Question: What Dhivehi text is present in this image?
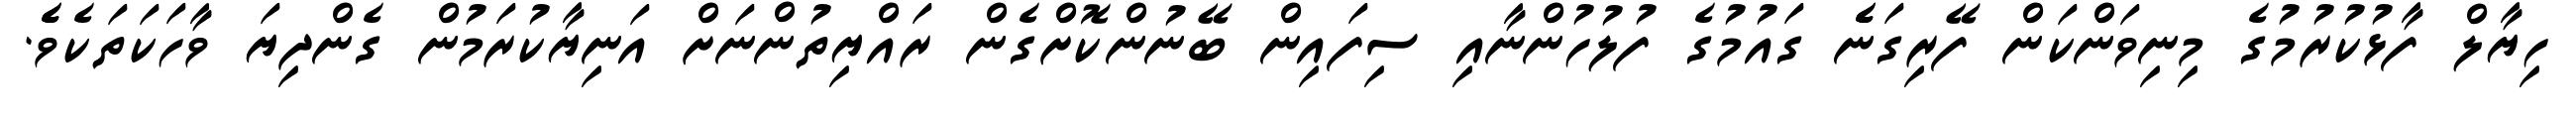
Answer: ހިޔާލް ފާޅުކުރުމުގެ މިނިވަންކަން ފޭރިގަނެެ ގައުމުގެ ފުލުހުންނާއި ސިފައިން ބޭނުންކޮށްގެން ރައްޔިތުންނަށް އަނިޔާކުރަމުން ގެންދިޔަ ވާހަކަތަކެވެެ.